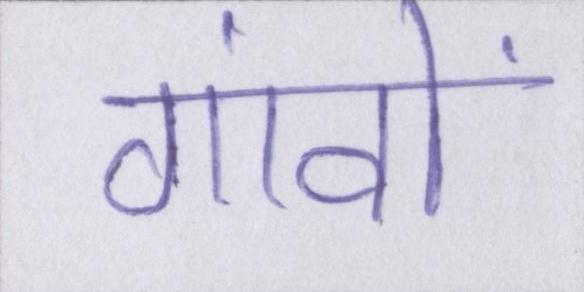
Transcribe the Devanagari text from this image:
गांवों